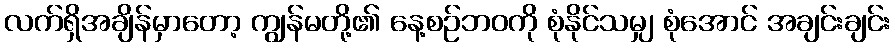
လက်ရှိအချိန်မှာတော့ ကျွန်မတို့၏ နေ့စဉ်ဘဝကို စုံနိုင်သမျှ စုံအောင် အချင်းချင်း